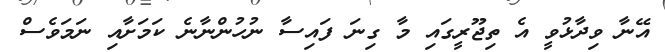
އޭނާ ވިދާޅުވީ އެ ތިޖޫރީގައި މާ ގިނަ ފައިސާ ނުހުންނާނެ ކަމަށާއި ނަމަވެސް